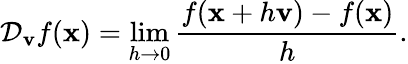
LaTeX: \mathcal{D}_{\mathbf{{v}}}{f}(\mathbf{{x}})=\operatorname*{lim}_{h\rightarrow0}{\frac{{f(\mathbf{{x}}+h\mathbf{{v}})-f(\mathbf{{x}})}}{{h}}}.